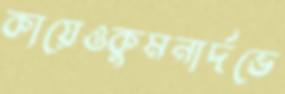
কায়েওকুমনার্দভে